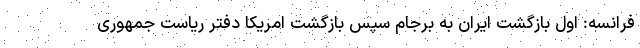
فرانسه: اول بازگشت ایران به برجام سپس بازگشت امریکا دفتر ریاست جمهوری